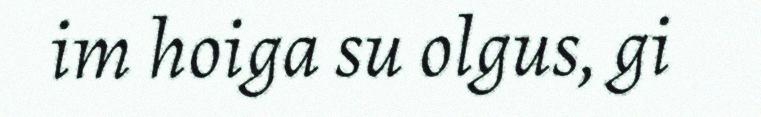
im hoiga su olgus, gi